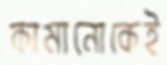
কামানোকেই